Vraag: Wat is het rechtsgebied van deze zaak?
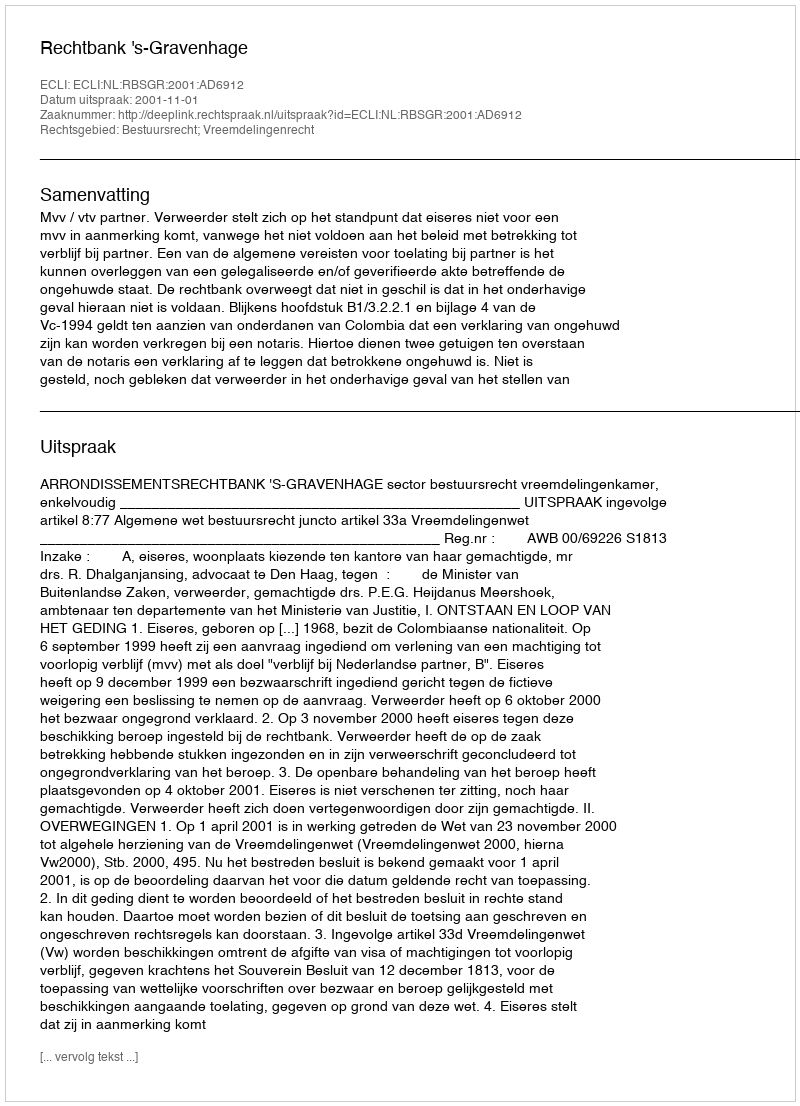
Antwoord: Bestuursrecht; Vreemdelingenrecht